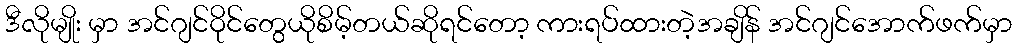
ဒီလိုမျိုး မှာ အင်ဂျင်ဝိုင်တွေယိုစိမ့်တယ်ဆိုရင်တော့ ကားရပ်ထားတဲ့အချိန် အင်ဂျင်အောက်ဖက်မှာ